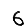
Digit: 6